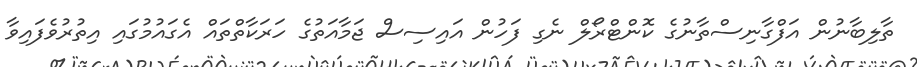
ތާލިބާނުން އަފްގާނިސްތާނުގެ ކޮންޓްރޯލް ނެގި ފަހުން އައިސިސް ޖަމާއަތުގެ ހަރަކާތްތައް އެގައުމުގައި އިތުރުވެފައިވާ